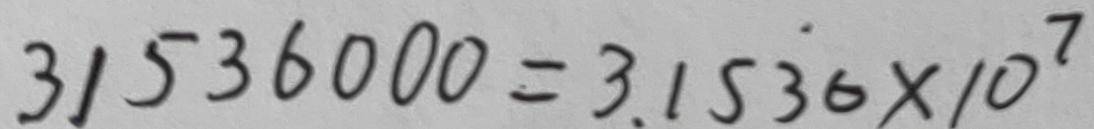
3 1 5 3 6 0 0 0 = 3 . 1 5 3 6 \times 1 0 ^ { 7 }